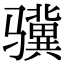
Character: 骥